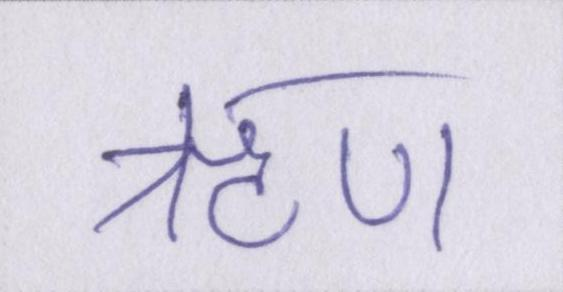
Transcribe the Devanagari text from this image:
ॠण